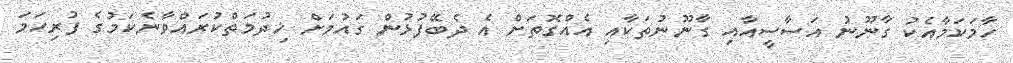
ހާމަކަމާއެކު ގާނޫނު އަސާސީއާއި ގާނޫނުތަކާއި އެއްގޮތަށް އެ ދެބޭފުޅުން ގައުމަށް ޚިދުމަތްކުރައްވާނެކަމުގެ ފުރިހަމަ